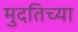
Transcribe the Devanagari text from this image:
मुदतिच्या